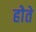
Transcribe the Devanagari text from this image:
होेते